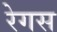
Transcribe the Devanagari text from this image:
रेगस